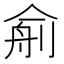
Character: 𰂙